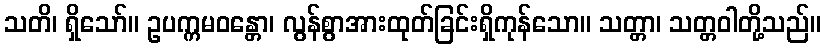
သတိ၊ ရှိသော်။ ဥပက္ကမဝန္တော၊ လွန်စွာအားထုတ်ခြင်းရှိကုန်သော။ သတ္တာ၊ သတ္တဝါတို့သည်။